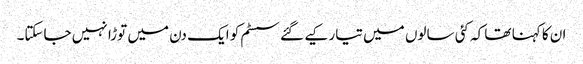
ان کا کہنا تھا کہ کئی سالوں میں تیار کیے گئے سسٹم کو ایک دن میں توڑا نہیں جاسکتا۔